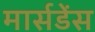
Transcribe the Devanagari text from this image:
मार्सडेंस